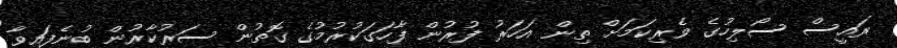
ރައީސް ސޯލިހުގެ ވެރިކަމަށް ތިން އަހަރު ފުރުން ފާހަގަކުރުމުގެ ގޮތުން ސަރުކާރުން ބުނެފައިވާ